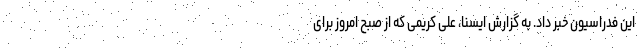
این فدراسیون خبر داد. به گزارش ایسنا، علی کریمی که از صبح امروز برای